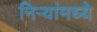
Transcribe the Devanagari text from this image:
निऱ्यांमध्ये